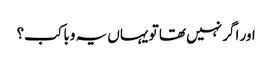
اور اگر نہیں تھا تو یہاں یہ وبا کب؟